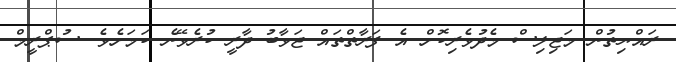
ރައްޔިތުން މަޖިލިސް މެދުވެރިކޮށް އެ ފަރާތްތައް ޖަވާބު ދާރީ ކުރެވޭނެ ކަމަށެވެ. ސުޕްރީމް